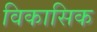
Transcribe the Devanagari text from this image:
विकासिक